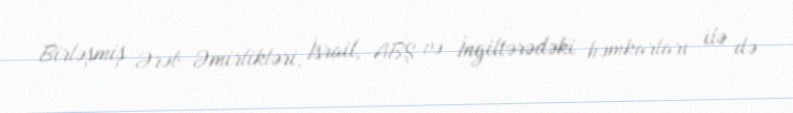
Birləşmiş Ərəb Əmirlikləri, İsrail, ABŞ və İngiltərədəki həmkarları ilə də